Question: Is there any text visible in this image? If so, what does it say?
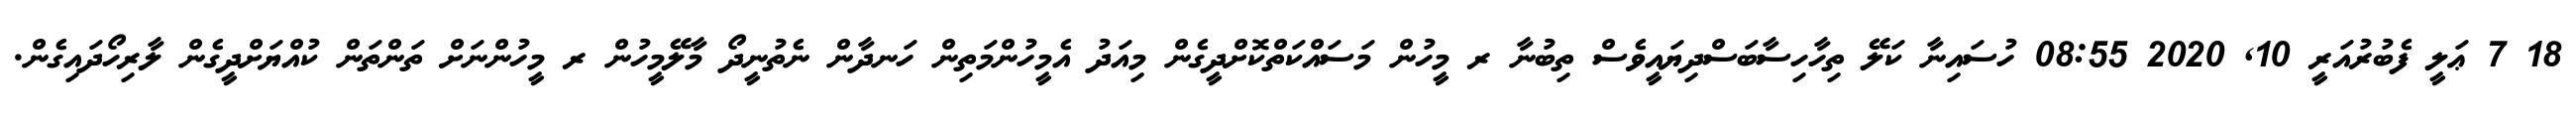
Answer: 18 7 ޢަލީ ފެބުރުއަރީ 10, 2020 08:55 ހުސައިނާ ކަލޭ ތިހާހިސާބަސްދިޔައީވެސް ތިބުނާ ރ މީހުން މަސައްކަތްކޮށްދީގެން މިއަދު އެމީހުންމަތިން ހަނދާން ނެތުނީދޯ މާލޭމީހުން ރ މީހުންނަށް ތަންތަން ކުއްޔަށްދީގެން ލާރިހޯދައިގެން.